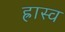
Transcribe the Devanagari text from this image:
ह्रास्व